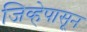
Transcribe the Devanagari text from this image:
जिव्हेपासून